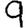
Digit: 9